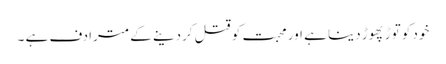
خود کو توڑ پھوڑ دینا ہے اور محبت کو قتل کردینے کے مترادف ہے ۔